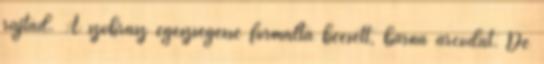
rajtad. A szobrász egészségessé formálta beesett, barna arcodat. De